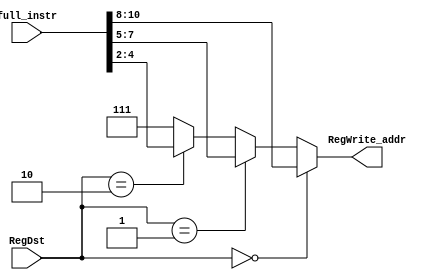
module mux4_1_RegWrite(RegDst, RegWrite_addr, full_instr);
    input wire [2:0]RegDst;
    output wire [2:0]RegWrite_addr;// the 'goto' address of the instructions
    input wire [15:0]full_instr;
    assign RegWrite_addr = (RegDst==2'b00)? full_instr[10:8]: 
                       (RegDst==2'b01)? full_instr[7:5] :
                       (RegDst==2'b10)? full_instr[4:2] :
                       3'd7;//R7

endmodule